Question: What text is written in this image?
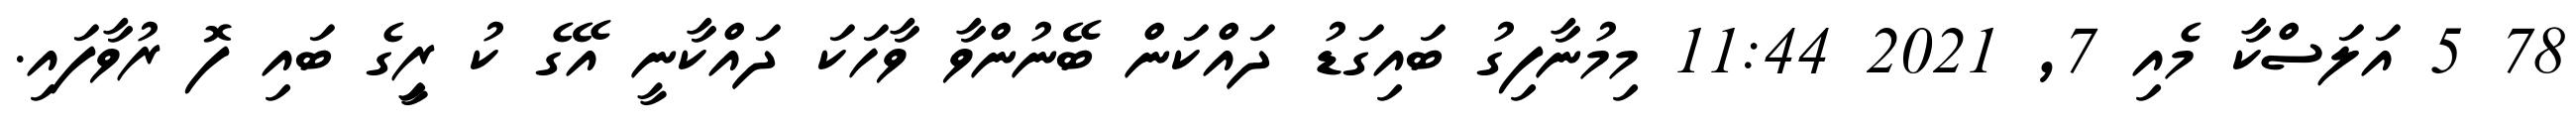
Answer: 78 5 އަލަސްކާ މެއި 7, 2021 11:44 މިމުނާފިގު ބައިގަޑު ދައްކަން ބޭނުންވާ ވާހަކަ ދައްކާނީ އޭގެ ކު ރީިގެ ބައި ފޮ ރުވާފައި.